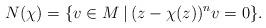
LaTeX: \begin{align*} N(\chi)=\{v\in M\:|\:(z-\chi(z))^nv=0\}. \end{align*}